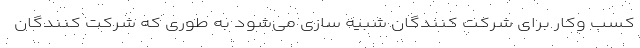
کسب‌ وکار برای شرکت‌ کنندگان شبیه‌ سازی می‌شود به طوری که شرکت کنندگان